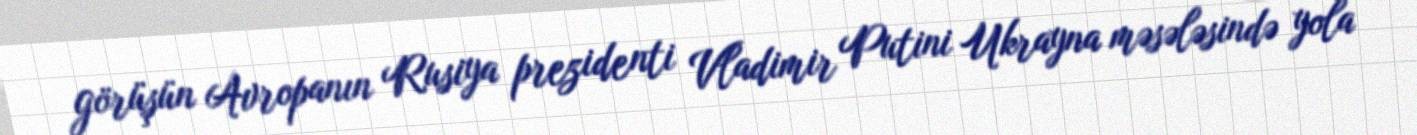
görüşün Avropanın Rusiya prezidenti Vladimir Putini Ukrayna məsələsində yola